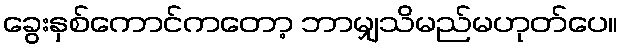
ခွေးနှစ်ကောင်ကတော့ ဘာမျှသိမည်မဟုတ်ပေ။